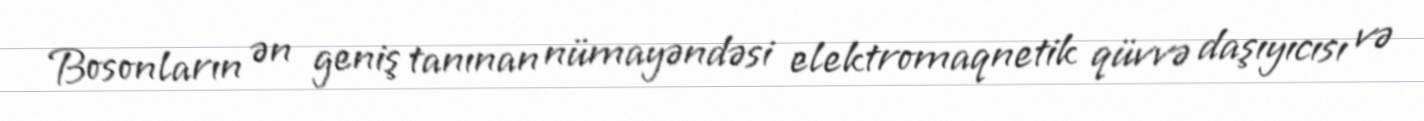
Bosonların ən geniş tanınan nümayəndəsi elektromaqnetik qüvvə daşıyıcısı və